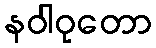
နဝါဝုတော